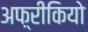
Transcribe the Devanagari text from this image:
अफ़्रीकियो